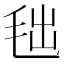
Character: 𣭑